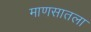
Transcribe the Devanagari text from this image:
माणसातला